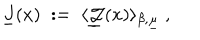
LaTeX: \underline { { { J } } } ( x ) \; : = \; \langle \underline { { { { \mathcal J } } } } ( x ) \rangle _ { \beta , \underline { { { \mu } } } } ~ ,